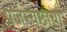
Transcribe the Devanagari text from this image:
पर्जन्यछाया